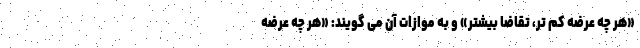
«هر چه عرضه کم تر، تقاضا بیشتر» و به موازات آن می گویند: «هر چه عرضه